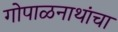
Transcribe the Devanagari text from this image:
गोपाळनाथांचा